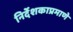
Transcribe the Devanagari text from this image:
निर्देशकाप्रमाणे